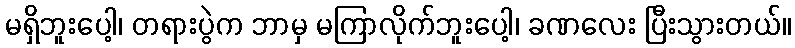
မရှိဘူးပေါ့၊ တရားပွဲက ဘာမှ မကြာလိုက်ဘူးပေါ့၊ ခဏလေး ပြီးသွားတယ်။